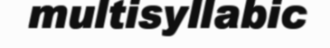
multisyllabic